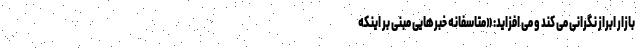
بازار ابراز نگرانی می کند و می افزاید: «متاسفانه خبرهایی مبنی بر اینکه